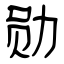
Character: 勋